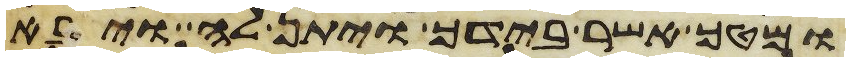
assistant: ומטך אשר בידך ויתן לה ויבא